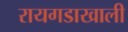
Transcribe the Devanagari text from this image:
रायगडाखाली